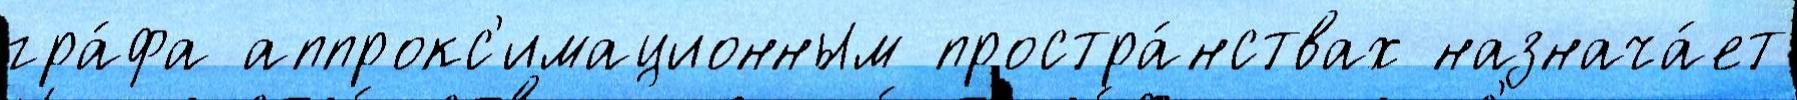
гра́фа аппрокс'имационным простра́нствах назнача́ет